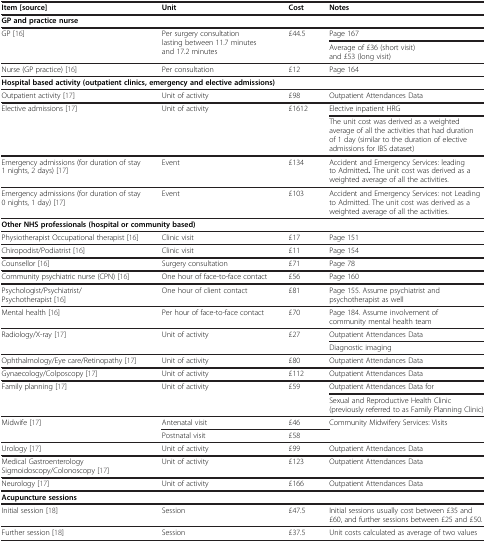
<table><thead><tr><td><b>Item [source]</b></td><td><b>Unit</b></td><td><b>Cost</b></td><td><b>Notes</b></td></tr></thead><tbody><tr><td colspan="4"><b>GP and practice nurse</b></td></tr><tr><td rowspan="2">GP[16]</td><td rowspan="2">Per surgery consultation lasting between 11.7 minutes and 17.2 minutes</td><td rowspan="2">£44.5</td><td>Page 167</td></tr><tr><td>Average of £36 (short visit) and £53 (long visit)</td></tr><tr><td>Nurse (GP practice)[16]</td><td>Per consultation</td><td>£12</td><td>Page 164</td></tr><tr><td colspan="4"><b>Hospital based activity (outpatient clinics, emergency and elective admissions)</b></td></tr><tr><td>Outpatient activity[17]</td><td>Unit of activity</td><td>£98</td><td>Outpatient Attendances Data</td></tr><tr><td rowspan="2">Elective admissions[17]</td><td rowspan="2">Unit of activity</td><td rowspan="2">£1612</td><td>Elective inpatient HRG</td></tr><tr><td>The unit cost was derived as a weighted average of all the activities that had duration of 1 day (similar to the duration of elective admissions for IBS dataset)</td></tr><tr><td>Emergency admissions (for duration of stay 1 nights, 2 days)[17]</td><td>Event</td><td>£134</td><td>Accident and Emergency Services: leading to Admitted<b>.</b> The unit cost was derived as a weighted average of all the activities.</td></tr><tr><td>Emergency admissions (for duration of stay 0 nights, 1 day)[17]</td><td>Event</td><td>£103</td><td>Accident and Emergency Services: not Leading to Admitted. The unit cost was derived as a weighted average of all the activities.</td></tr><tr><td colspan="4"><b>Other NHS professionals (hospital or community based)</b></td></tr><tr><td>Physiotherapist Occupational therapist[16]</td><td>Clinic visit</td><td>£17</td><td>Page 151</td></tr><tr><td>Chiropodist/Podiatrist[16]</td><td>Clinic visit</td><td>£11</td><td>Page 154</td></tr><tr><td>Counsellor[16]</td><td>Surgery consultation</td><td>£71</td><td>Page 78</td></tr><tr><td>Community psychiatric nurse (CPN)[16]</td><td>One hour of face-to-face contact</td><td>£56</td><td>Page 160</td></tr><tr><td>Psychologist/Psychiatrist/ Psychotherapist[16]</td><td>One hour of client contact</td><td>£81</td><td>Page 155. Assume psychiatrist and psychotherapist as well</td></tr><tr><td>Mental health[16]</td><td>Per hour of face-to-face contact</td><td>£70</td><td>Page 184. Assume involvement of community mental health team</td></tr><tr><td rowspan="2">Radiology/X-ray[17]</td><td rowspan="2">Unit of activity</td><td rowspan="2">£27</td><td>Outpatient Attendances Data</td></tr><tr><td>Diagnostic imaging</td></tr><tr><td>Ophthalmology/Eye care/Retinopathy[17]</td><td>Unit of activity</td><td>£80</td><td>Outpatient Attendances Data</td></tr><tr><td>Gynaecology/Colposcopy[17]</td><td>Unit of activity</td><td>£112</td><td>Outpatient Attendances Data</td></tr><tr><td rowspan="2">Family planning[17]</td><td rowspan="2">Unit of activity</td><td rowspan="2">£59</td><td>Outpatient Attendances Data for</td></tr><tr><td>Sexual and Reproductive Health Clinic (previously referred to as Family Planning Clinic)</td></tr><tr><td rowspan="2">Midwife[17]</td><td>Antenatal visit</td><td>£46</td><td rowspan="2">Community Midwifery Services: Visits</td></tr><tr><td>Postnatal visit</td><td>£58</td></tr><tr><td>Urology[17]</td><td>Unit of activity</td><td>£99</td><td>Outpatient Attendances Data</td></tr><tr><td>Medical Gastroenterology Sigmoidoscopy/Colonoscopy[17]</td><td>Unit of activity</td><td>£123</td><td>Outpatient Attendances Data</td></tr><tr><td>Neurology[17]</td><td>Unit of activity</td><td>£166</td><td>Outpatient Attendances Data</td></tr><tr><td colspan="4"><b>Acupuncture sessions</b></td></tr><tr><td>Initial session[18]</td><td>Session</td><td>£47.5</td><td>Initial sessions usually cost between £35 and £60, and further sessions between £25 and £50.</td></tr><tr><td rowspan="2">Further session[18]</td><td rowspan="2">Session</td><td rowspan="2">£37.5</td><td>Unit costs calculated as average of two values</td></tr></tbody></table>